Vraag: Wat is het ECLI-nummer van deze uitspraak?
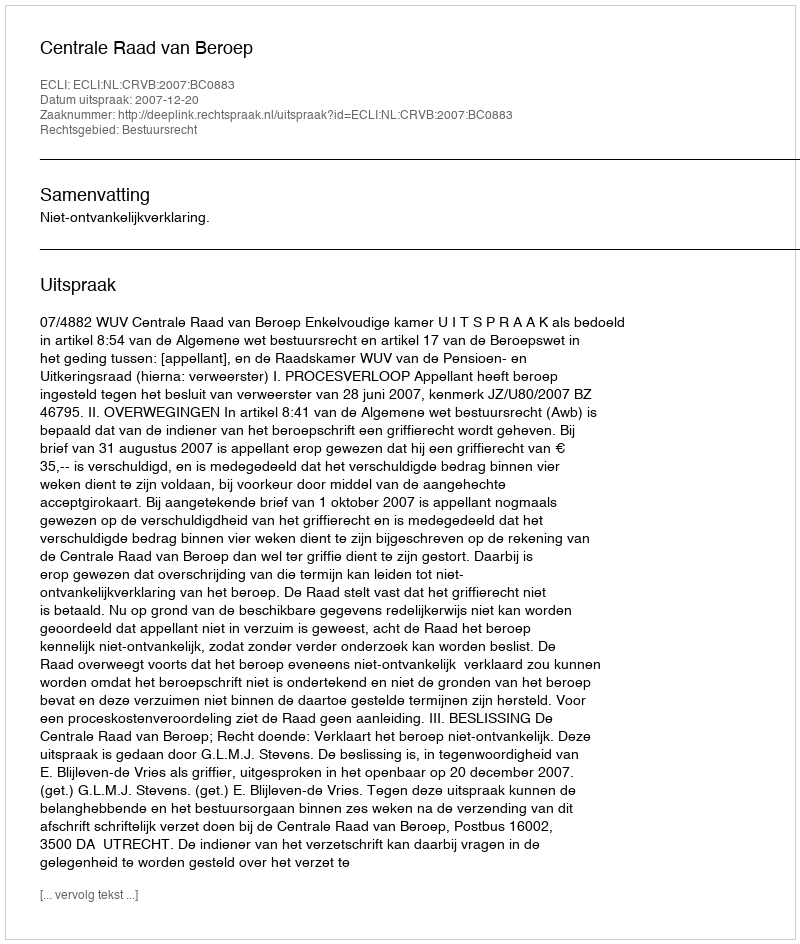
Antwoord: ECLI:NL:CRVB:2007:BC0883